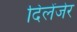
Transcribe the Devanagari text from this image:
दिलेंजेर